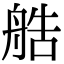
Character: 艁